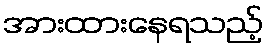
အားထားနေရသည့်